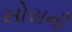
સોસની